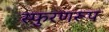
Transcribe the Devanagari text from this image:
स्फुरणरूप